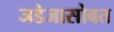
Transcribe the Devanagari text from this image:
जडेजासोबत